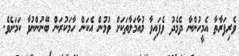
ވެރިފަރާތާ އެމީހުންނާ ދެމެދު ވެފައިވާ މުއާމަލާތަކަށް ވުމުން އެކަން ހާމަކުރަން ބޭނުންނުވާ ކަމަށެވެ.